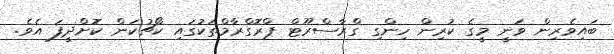
ބައިވެރިން ވަނީ މީގެ ކުރިން ހިންގި ގްރާސްރޫޓް ޕްރޮގްރާމްތަކުގައި ކޯޗުކަން ކޮށްދީފަ އެވެ.